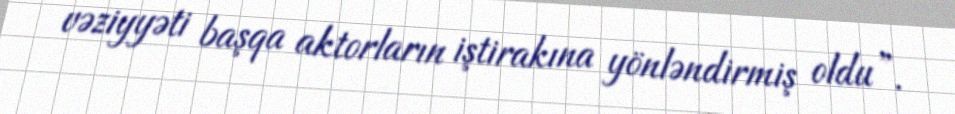
vəziyyəti başqa aktorların iştirakına yönləndirmiş oldu”.